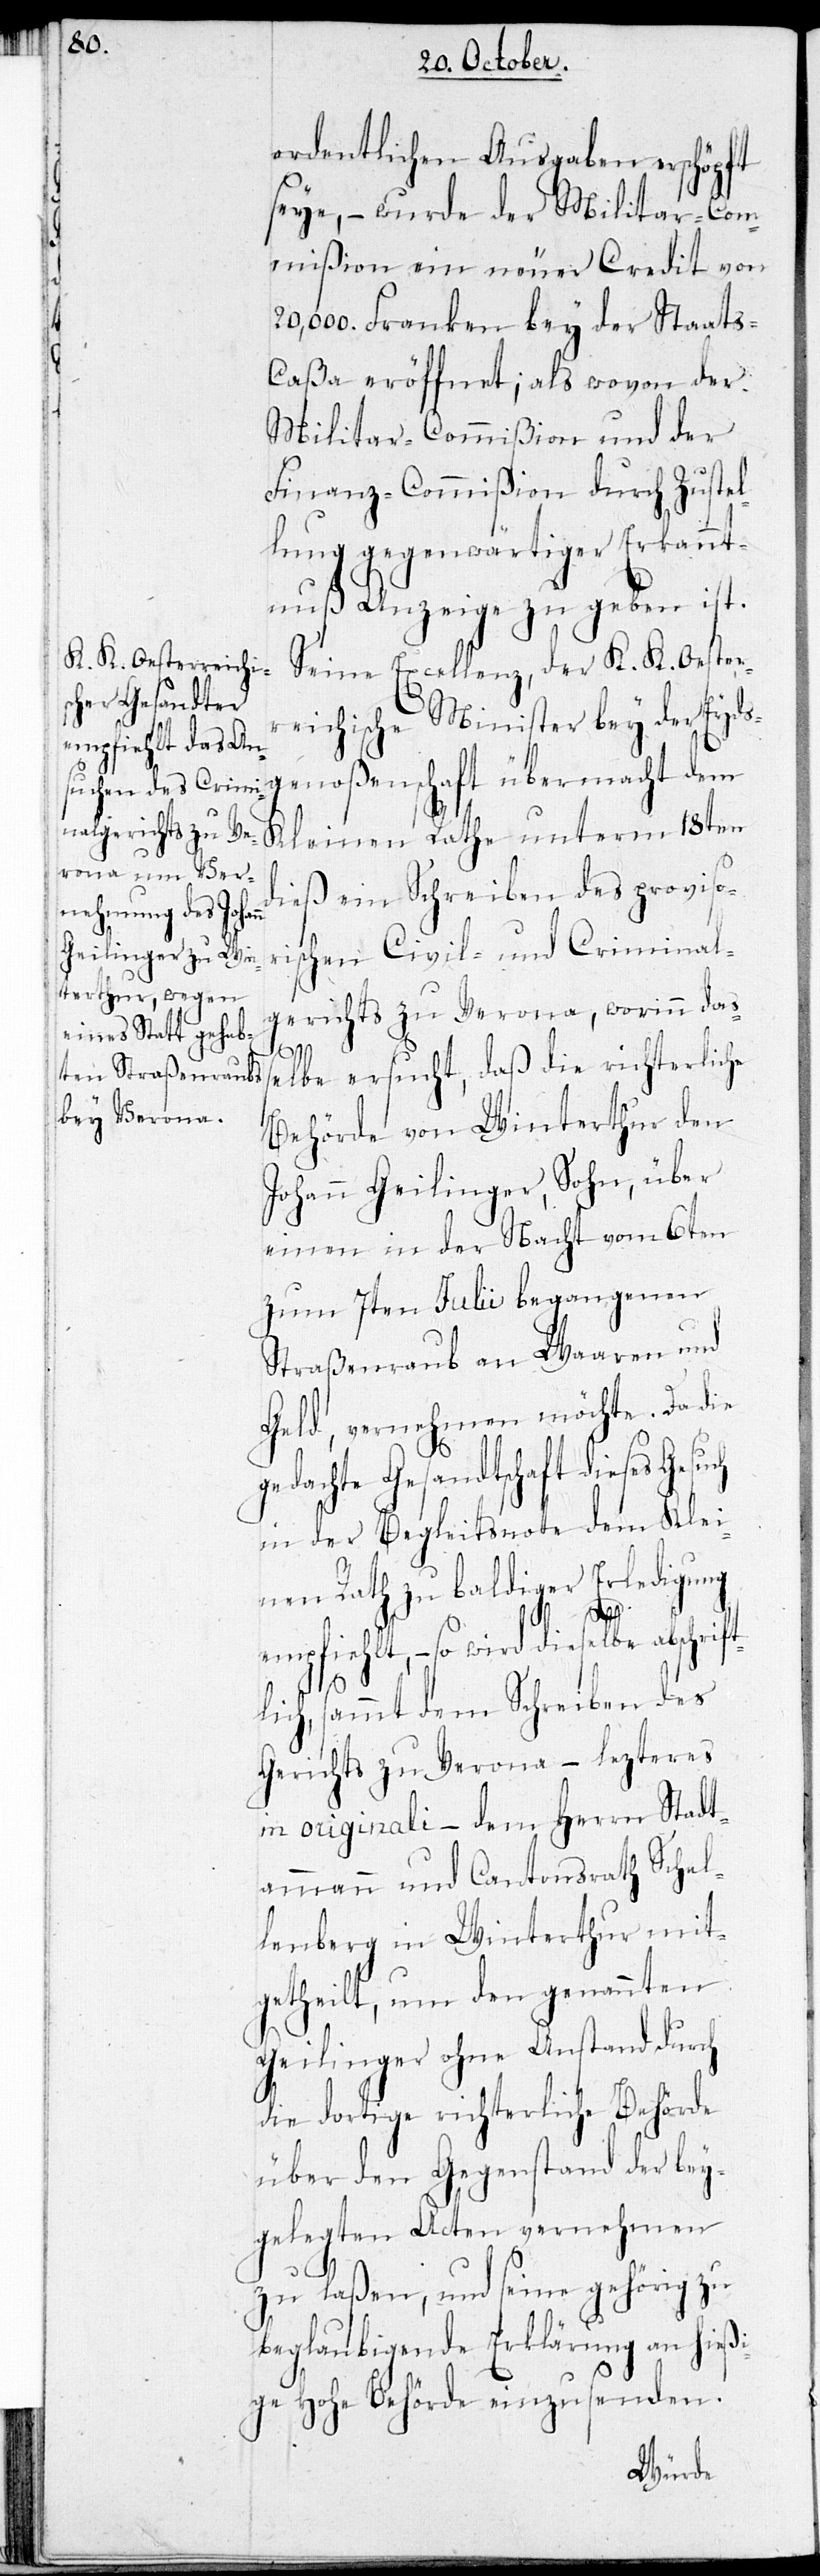
ordentlichen Ausgaben erschöpft
seye, – wurde der Militar-Com¬
mißion ein neuer Credit von
20,000. Franken bey der Staats¬
caßa eröffnet; als wovon der
Militar-Commißion und der
Finanz-Commißion durch Zustel¬
lung gegenwärtiger Erkannt¬
nuß Anzeige zu geben ist.
Seine Excellenz, der K. K. Oester¬
reichische Minister bey der Eyds¬
genoßenschaft übermacht dem
Kleinen Rathe unterm 18ten
dieß ein Schreiben des proviso¬
rischen Civil- und Kriminal¬
gerichts zu Verona, worinn daß¬
elbe ersucht, daß die richterliche
Behörde von Winterthur den
Johann Geilinger, Sohn, über
einen in der Nacht vom 6ten
zum 7ten Julii begangenen
Straßenraub an Waaren und
Geld, vernehmen möchte. Da die
gedachte Gesandtschaft dieses Gesu¬
in der Begleitsnote dem Klei¬
nen Rath zu baldiger Erledigung
ft¬
empfiehlt, – so wird dieselbe abschri¬
lich, sammt dem Schreiben des
Gerichts zu Verona – lezteres
in originali – dem Herrn Stadt¬
ammann und Cantonsrath Schel¬
lenberg in Winterthur mit¬
getheilt, um den genannten
Geilinger ohne Anstand durch
die dortige richterliche Behörde
über den Gegenstand der bey¬
gelegten Acten vernehmen
zu laßen, und seine gehörig zu
beglaubigende Erklärung an hießi¬
ge Hohe Behörde einzusenden.